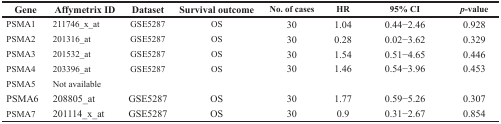
| Gene | Affymetrix ID | Dataset | Survival outcome | No. of cases | HR | 95% CI | p-value |
 | --- | --- | --- | --- | --- | --- | --- | --- |
 | PSMA1 | 211746_x_at | GSE5287 | OS | 30 | 1.04 | 0.44−2.46 | 0.928 |
 | PSMA2 | 201316_at | GSE5287 | OS | 30 | 0.28 | 0.02−3.62 | 0.329 |
 | PSMA3 | 201532_at | GSE5287 | OS | 30 | 1.54 | 0.51−4.65 | 0.446 |
 | PSMA4 | 203396_at | GSE5287 | OS | 30 | 1.46 | 0.54−3.96 | 0.453 |
 | PSMA5 | Not available |  |  |  |  |  |  |
 | PSMA6 | 208805_at | GSE5287 | OS | 30 | 1.77 | 0.59−5.26 | 0.307 |
 | PSMA7 | 201114_x_at | GSE5287 | OS | 30 | 0.9 | 0.31−2.67 | 0.854 |